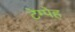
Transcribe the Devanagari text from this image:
टेम्पेह